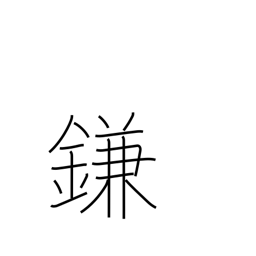
Meaning: trick